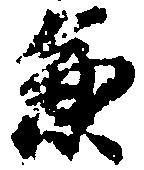
兼